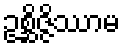
ဥစ္ဆိဇ္ဇိဿာမ